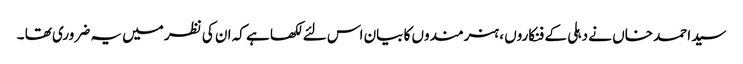
سید احمد خاں نے دہلی کے فنکاروں ، ہنرمندوں کا بیان اس لئے لکھا ہے کہ ان کی نظر میں یہ ضروری تھا ۔